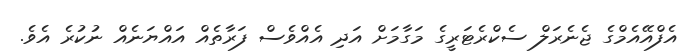
އެފްއޭއެމްގެ ޖެނެރަލް ސެކްރެޓަރީގެ މަގާމަށް އަދި އެއްވެސް ފަރާތެއް އައްޔަނެއް ނުކުރެ އެވެ.